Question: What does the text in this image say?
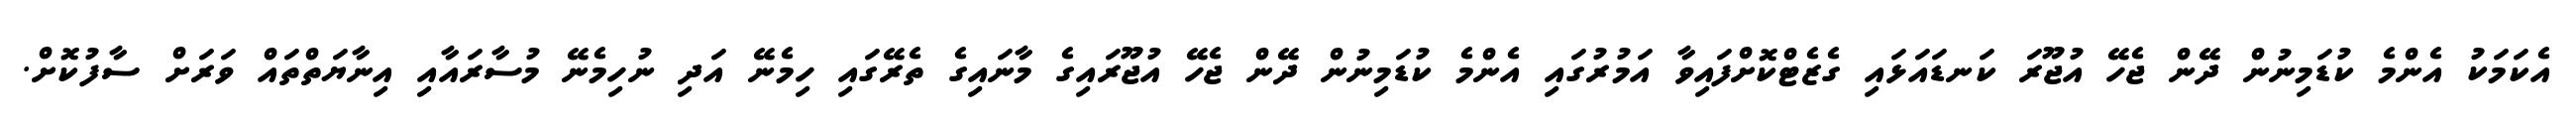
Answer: އެކަމަކު އެންމެ ކުޑަމިނުން ދޭން ޖެހޭ އުޖޫރަ ކަނޑައަޅައި ގެޒެޓްކޮށްފައިވާ އަމުރުގައި އެންމެ ކުޑަމިނުން ދޭން ޖެހޭ އުޖޫރައިގެ މާނައިގެ ތެރޭގައި ހިމެނޭ އަދި ނުހިމެނޭ މުސާރައާއި އިނާޔަތްތައް ވަރަށް ސާފުކޮށް.